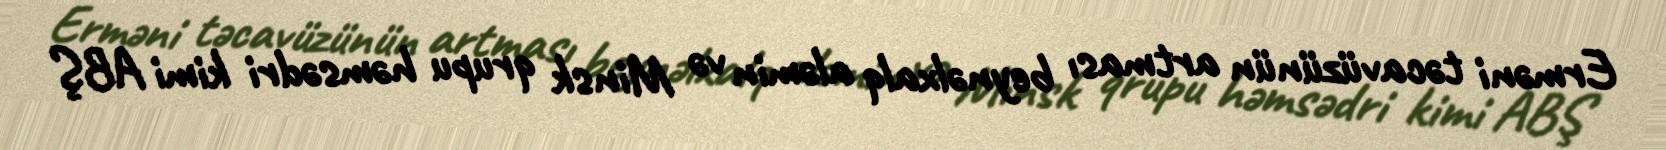
Erməni təcavüzünün artması beynəlxalq aləmin və Minsk qrupu həmsədri kimi ABŞ